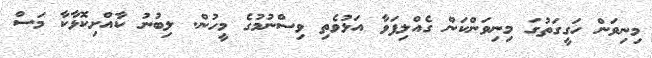
މިނިވަން ހަގީގަތުގަ މިނިވަންކަން ގެއްލިފަވާ އަޅުވެތި ވިސްނުމުގެ މީހުން. ލިބުނު ކާއްށިކޮޅާކާ މަސް